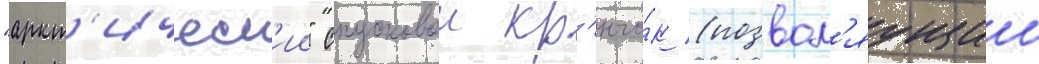
"аркт'ическ'ии" спусковои кр'ючо́к (позвол'яущии